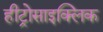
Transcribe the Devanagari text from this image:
हीट्रोसाइक्लिक